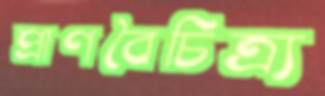
প্রাণবৈচিত্র্য